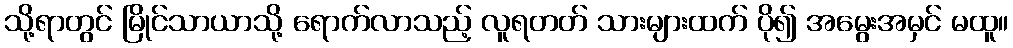
သို့ရာတွင် မြိုင်သာယာသို့ ရောက်လာသည့် လူရတတ် သားများထက် ပို၍ အမွေးအမှင် မထူ။